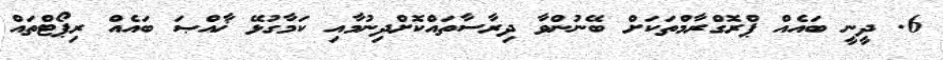
6. ދީނީ ބައެއް ޕްރޮގްރާމްތަކަށް ބޭނުންވާ ދިރާސާތައްކޮށްދިނުމާއި ކަމާގުޅޭ ޚާއްޞަ ބައެއް ރިޕޯޓްތައް